Civil Veterinary Department. United Provinces 1932-42 - 1932-1942
Year: 1932
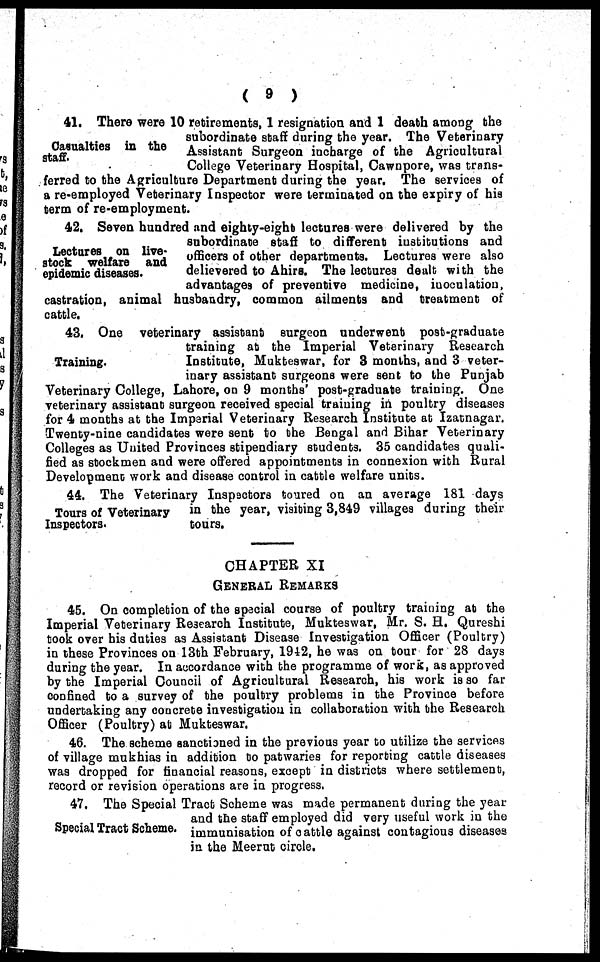
( 9 )
Casualties in the
staff.
41. There were 10 retirements, 1 resignation and 1 death among the
subordinate staff during the year. The Veterinary
Assistant Surgeon incharge of the Agricultural
College Veterinary Hospital, Cawnpore, was trans-
ferred to the Agriculture Department during the year. The services of
a re-employed Veterinary Inspector were terminated on the expiry of his
term of re-employment.
Lectures on live-
stock welfare and
epidemic diseases.
42. Seven hundred and eighty-eight lectures were delivered by the
subordinate staff to different institutions and
officers of other departments. Lectures were also
delievered to Ahirs. The lectures deult with the
advantages of preventive medicine, inoculation,
castration, animal husbandry, common ailments and treatment of
cattle.
Training.
43. One veterinary assistant surgeon underwent post-graduate
training at the Imperial Veterinary Research
Institute, Mukteswar, for 3 months, and 3 veter-
inary assistant surgeons were sent to the Punjab
Veterinary College, Lahore, on 9 months post-graduate training. One
veterinary assistant surgeon received special training in poultry diseases
for 4 months at the Imperial Veterinary Research Institute at Izatnagar.
Twenty-nine candidates were sent to the Bengal and Bihar Veterinary
Colleges as United Provinces stipendiary students. 35 candidates quali-
fied as stockmen and were offered appointments in connexion with Rural
Development work and disease control in cattle welfare units.
Tours of Veterinary
Inspectors.
44. The Veterinary Inspactors toured on an average 181 days
in the year, visiting 3,849 villages during their
tours.
CHAPTER XI
GENERAL REMARKS
45. On completion of the special course of poultry training at the
Imperial Veterinary Research Institute, Mukteswar, Mr. S. H. Qureshi
took over his duties as Assistant Disease Investigation Officer (Poultry)
in these Provinces on 13th February, 1942, he was on tour for 28 days
during the year. In accordance with the programme of work, as approved
by the Imperial Council of Agricultural Research, his work is so far
confined to a survey of the poultry problems in the Province before
undertaking any concrete investigation in collaboration with the Research
Officer (Poultry) at Mukteswar.
46. The scheme sanctioned in the previous year to utilize the services
of village mukhias in addition to patwaries for reporting cattle diseases
was dropped for financial reasons, except in districts where settlement,
record or revision operations are in progress.
Special Tract Scheme.
47. The Special Tract Scheme was made permanent during the year
and the staff employed did very useful work in the
immunisation of cattle against contagious diseases
in the Meerut circle.